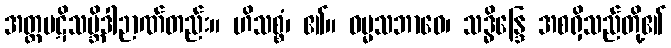
အတ္ထပဋိသမ္ဘိဒါဉာဏ်တည်း။ ဟိသစ္စံ၊ ၏။ ဓမ္မသဘာဝေ၊ သဒ္ဓိန္ဒြေ အစရှိသည်တို့၏